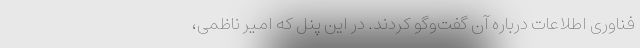
فناوری اطلاعات درباره آن گفت‌وگو کردند. در این پنل که امیر ناظمی،